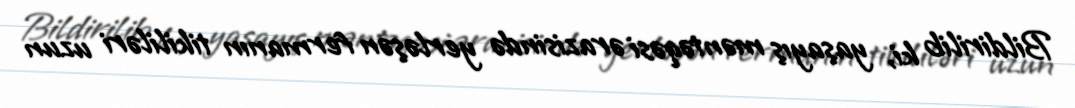
Bildirilib ki, yaşayış məntəqəsi ərazisində yerləşən fermanın tikililəri uzun